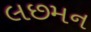
લછમન